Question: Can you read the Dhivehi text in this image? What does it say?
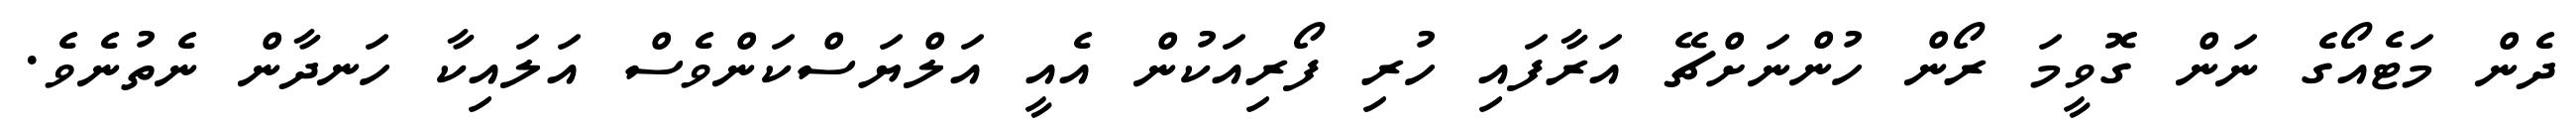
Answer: ދެން މަޓެއޯގެ ނަން ގޮވީމަ ރޯން ހުންނަށްޗޭ އަރާފައި ހުރި ފޯރިއަކުން އެއީ އަލްޔަސްކަންވެސް އަލައިކާ ހަނދާން ނެތުނެވެ.